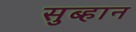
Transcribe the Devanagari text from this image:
सुब्हान